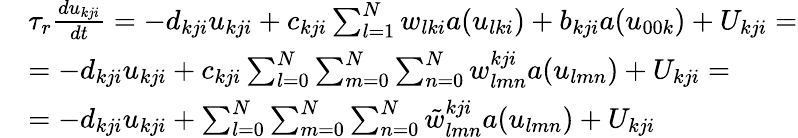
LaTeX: \begin{array}{rl}&{\tau_{r}\frac{du_{kji}}{dt}=-d_{kji}u_{kji}+c_{kji}\sum_{l=1}^{N}w_{lki}a(u_{lki})+b_{kji}a(u_{00k})+U_{kji}=}\\ &{=-d_{kji}u_{kji}+c_{kji}\sum_{l=0}^{N}\sum_{m=0}^{N}\sum_{n=0}^{N}w_{lmn}^{kji}a(u_{lmn})+U_{kji}=}\\ &{=-d_{kji}u_{kji}+\sum_{l=0}^{N}\sum_{m=0}^{N}\sum_{n=0}^{N}\tilde{w}_{lmn}^{kji}a(u_{lmn})+U_{kji}}\end{array}